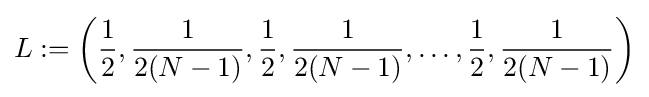
L:=\left({\frac {1}{2}},{\frac {1}{2(N-1)}},{\frac {1}{2}},{\frac {1}{2(N-1)}},\dots ,{\frac {1}{2}},{\frac {1}{2(N-1)}}\right)